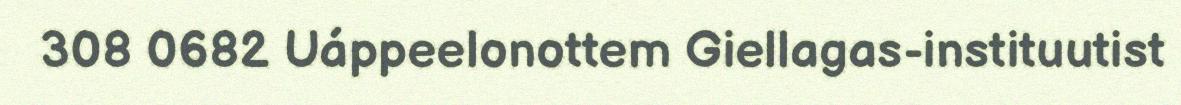
308 0682 Uáppeelonottem Giellagas-instituutist